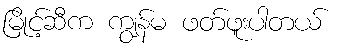
မြိုင့်ဆီက ကျွန်မ ဖတ်ဖူးပါတယ်